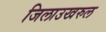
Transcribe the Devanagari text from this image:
जिलाउखरुल